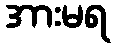
အားမရ